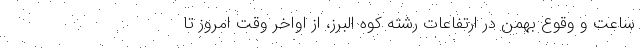
ساعت و وقوع بهمن در ارتفاعات رشته کوه البرز، از اواخر وقت امروز تا